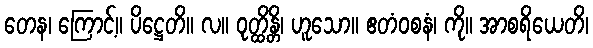
တေန၊ ကြောင့်။ ပိဋ္ဌေတိ။ လ။ ဝုတ္ထိန္တိ၊ ဟူသော။ ဧတံဝစနံ၊ ကို။ အာစရိယေတိ၊